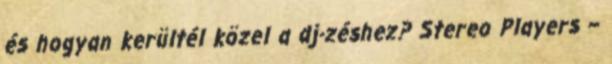
és hogyan kerültél közel a dj-zéshez? Stereo Players –